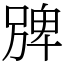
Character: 㗗